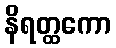
နိရတ္ထကော